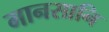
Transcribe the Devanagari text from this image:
मानसानि